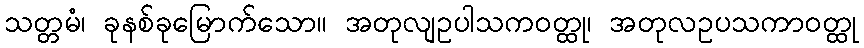
သတ္တမံ၊ ခုနစ်ခုမြောက်သော။ အတုလျဥပါသကဝတ္ထု၊ အတုလဥပသကာဝတ္ထု